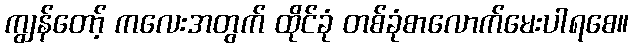
ကျွန်တော့် ကလေးအတွက် ထိုင်ခုံ တစ်ခုံစာလောက်မေးပါရစေ။